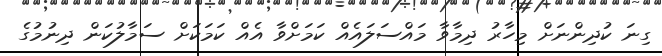
ގިނަ ކުދިންނަށް މިހާރު ދިމާވާ މައްސަލައެއް ކަމަށްވާ އެއް ކަމަކަށް ސަމާލުކަން ދިނުމުގެ